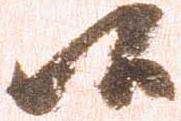
候